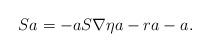
LaTeX: \begin{align*} Sa = - a S\nabla \eta a - r a - a . \end{align*}